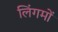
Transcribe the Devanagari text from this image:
लिंगमों